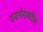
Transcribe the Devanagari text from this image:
समर्थनावरील